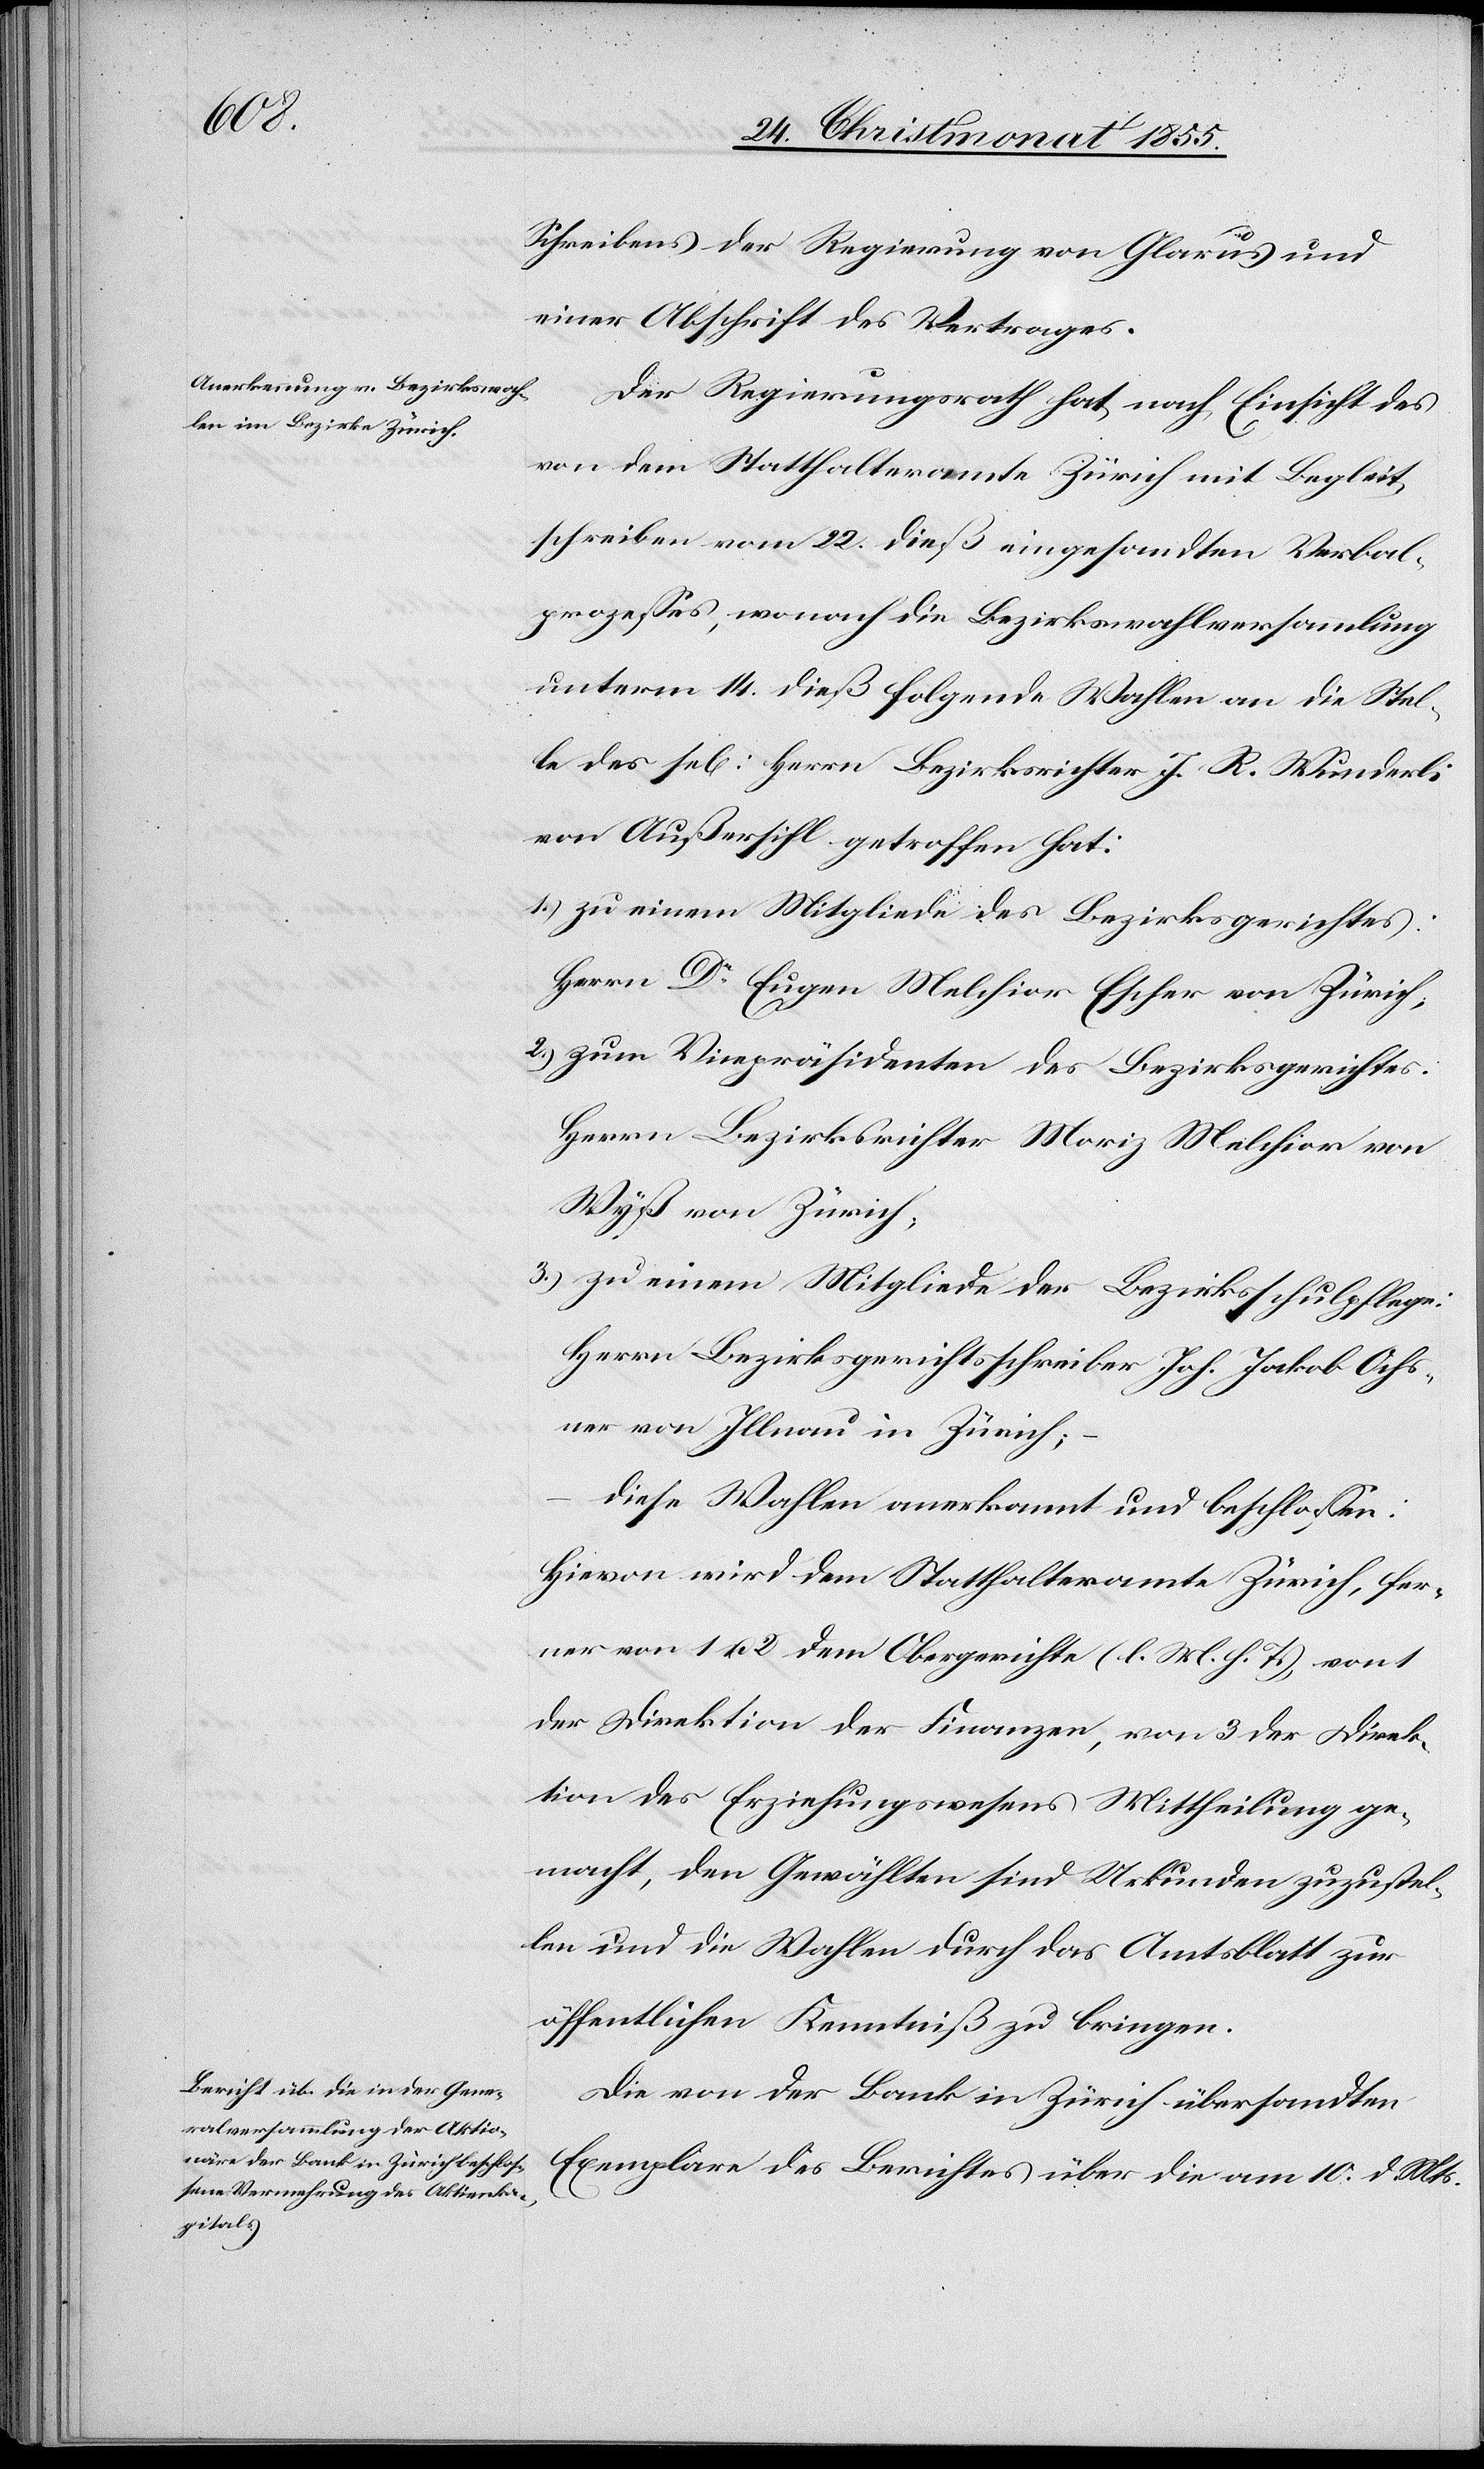
Schreibens der Regierung von Glarus und
einer Abschrift des Vertrages.
Der Regierungsrath hat, nach Einsicht des
von dem Statthalteramte Zürich mit Begleit¬
schreiben vom 22. dieß eingesandten Verbal¬
prozesses, wonach die Bezirkswahlversammlung
unterm 14. dieß folgende Wahlen an die Stel¬
le des se[ligen] Herrn Bezirksrichter J. R. Wunderli
von Außersihl getroffen hat:
zu einem Mitgliede des Bezirksgerichtes:
Herrn Dr Eugen Melchior Escher von Zürich;
zum Vicepräsidenten des Bezirksgerichtes:
Herrn Bezirksrichter Moriz Melchior von
Wyß von Zürich;
zu einem Mitgliede der Bezirksschulpflege:
Herrn Bezirksgerichtsschreiber Joh. Jakob Ochs¬
ner von Illnau in Zürich;
–
diese Wahlen anerkannt und beschlossen:
Hievon wird dem Statthalteramte Zürich, fer¬
ner von 1 u. 2 dem Obergerichte (l. M. h. T.), von 1
der Direktion der Finanzen, von 3 der Direk¬
tion des Erziehungswesens Mittheilung ge¬
macht, den Gewählten sind Urkunden zuzustel¬
len und die Wahlen durch das Amtsblatt zur
öffentlichen Kenntniß zu bringen.
Die von der Bank in Zürich übersandten
Exemplare des Berichtes über die am 10. d. Mts.